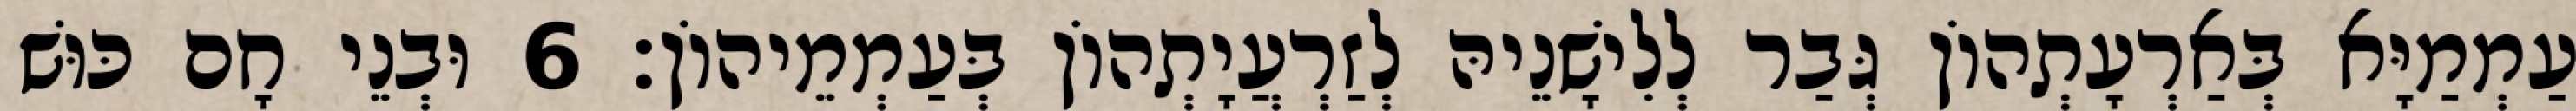
עַמְמַיָּא בְּאַרְעָתְהוֹן גְּבַר לְלִישָׁנֵיהּ לְזַרְעֲיָתְהוֹן בְּעַמְמֵיהוֹן׃ 6 וּבְנֵי חָם כּוּשׁ